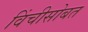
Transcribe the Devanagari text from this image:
विंचीसोबत